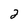
Character: 2